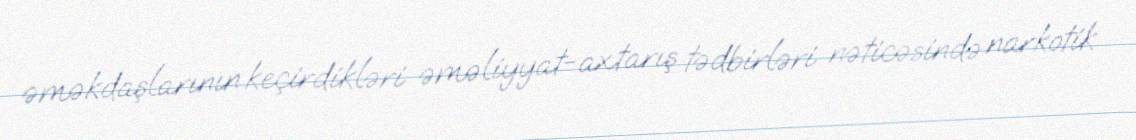
əməkdaşlarının keçirdikləri əməliyyat-axtarış tədbirləri nəticəsində narkotik